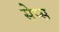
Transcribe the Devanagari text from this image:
सेप्स